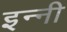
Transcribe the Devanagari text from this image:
इन्नी